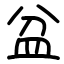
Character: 盆